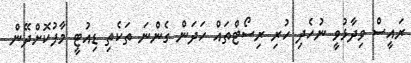
ރައީސް ވިދާޅުވީ ނުހެދި ހުރި ރިސޯޓްތައް ހަދަން ގެންނަ ތަކެތި ޑިއުޓީ މާފުކޮށްދޭން